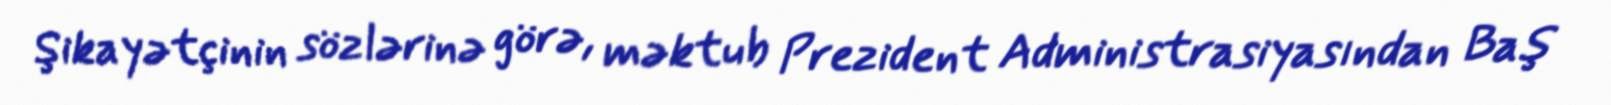
Şikayətçinin sözlərinə görə, məktub Prezident Administrasiyasından Baş